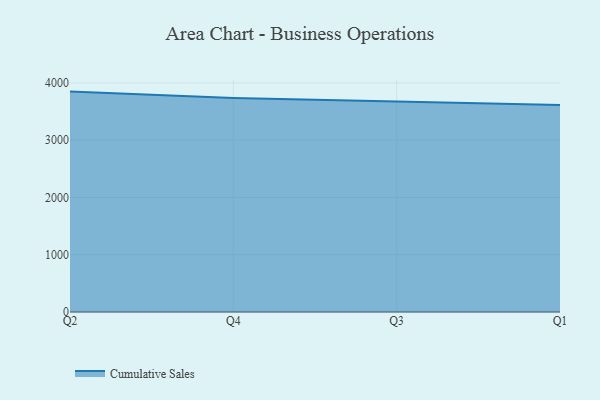
{"axis": {"x": "Quarter", "y": "Customer Acquisition Cost (USD)"}, "legend": ["Cumulative Sales"], "data": [{"x": "Q2", "y": 3848.8, "type": "Cumulative Sales"}, {"x": "Q4", "y": 3736.4, "type": "Cumulative Sales"}, {"x": "Q3", "y": 3676.6, "type": "Cumulative Sales"}, {"x": "Q1", "y": 3616.7, "type": "Cumulative Sales"}]}